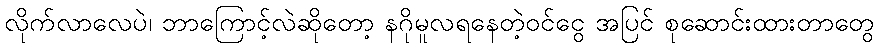
လိုက်လာလေပဲ၊ ဘာကြောင့်လဲဆိုတော့ နဂိုမူလရနေတဲ့ဝင်ငွေ အပြင် စုဆောင်းထားတာတွေ